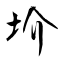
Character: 圿